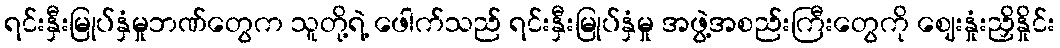
ရင်းနှီးမြုပ်နှံမှုဘဏ်တွေက သူတို့ရဲ့ ဖေါက်သည် ရင်းနှီးမြုပ်နှံမှု အဖွဲ့အစည်းကြီးတွေကို ဈေးနှုံးညှိနှိုင်း